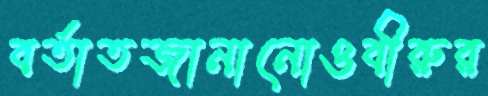
বর্তাতজানানোওবীরুর